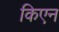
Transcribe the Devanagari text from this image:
किएन